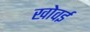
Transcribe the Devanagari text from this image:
खोवई